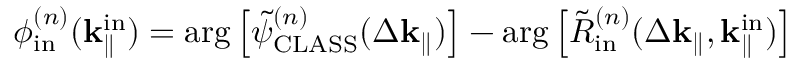
\phi _ { \mathrm { i n } } ^ { ( n ) } ( \mathbf { k } _ { \parallel } ^ { \mathrm { i n } } ) = \arg \left[ \Tilde { \psi } _ { \mathrm { C L A S S } } ^ { ( n ) } ( \Delta \mathbf { k } _ { \parallel } ) \right] - \arg \left[ \Tilde { R } _ { \mathrm { i n } } ^ { ( n ) } ( \Delta \mathbf { k } _ { \parallel } , \mathbf { k } _ { \parallel } ^ { \mathrm { i n } } ) \right]